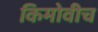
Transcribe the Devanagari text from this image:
किमोवीच